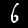
Digit: 6